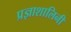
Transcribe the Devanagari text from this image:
प्रज्ञाशालिनी